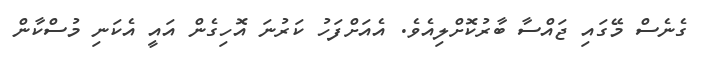
ގެނެސް މޭގައި ޖައްސާ ބާރުކޮށްލިއެވެ. އެއަށްފަހު ކަރުނަ އޮހިގެން އައީ އެކަނި މުސްކާން